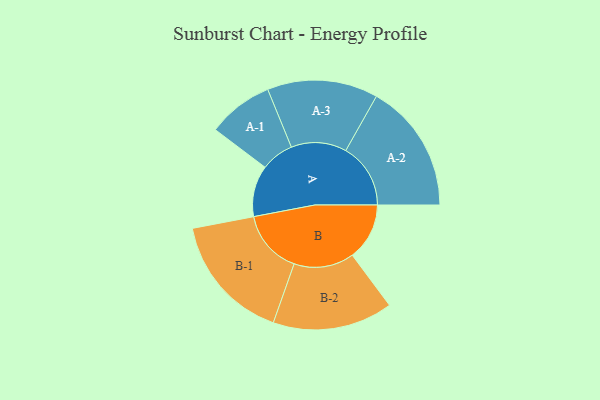
{"axis": {"x": "Segment", "y": "Value"}, "legend": ["", "A", "B"], "data": [{"x": "A", "y": 173, "type": ""}, {"x": "B", "y": 193, "type": ""}, {"x": "A-1", "y": 111, "type": "A"}, {"x": "A-2", "y": 219, "type": "A"}, {"x": "A-3", "y": 187, "type": "A"}, {"x": "B-1", "y": 216, "type": "B"}, {"x": "B-2", "y": 203, "type": "B"}]}